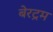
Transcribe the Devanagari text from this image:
बेरट्रम